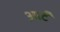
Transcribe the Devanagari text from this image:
आर्टं